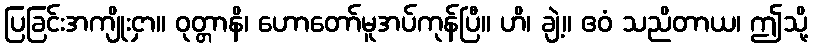
ပြခြင်းအကျိုးငှာ။ ဝုတ္တာနိ၊ ဟောတော်မူအပ်ကုန်ပြီ။ ဟိ၊ ချဲ့။ ဧဝံ သညိတာယ၊ ဤသို့